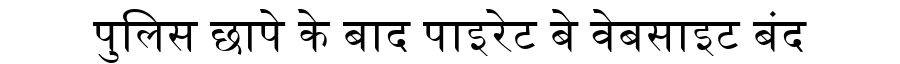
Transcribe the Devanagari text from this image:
पुलिस छापे के बाद पाइरेट बे वेबसाइट बंद